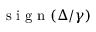
\mathrm { ~ s ~ i ~ g ~ n ~ } ( \Delta / \gamma )